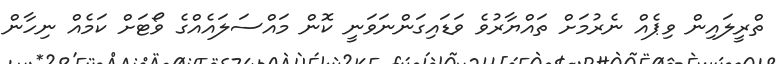
ތްރީލައިން ވިޕެއް ނެރުމަށް ތައްޔާރުވެ ވަޑައިގަންނަވަނީ ކޮން މައްސަލައެއްގެ ވޯޓަށް ކަމެއް ނިހާން